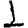
Digit: 1